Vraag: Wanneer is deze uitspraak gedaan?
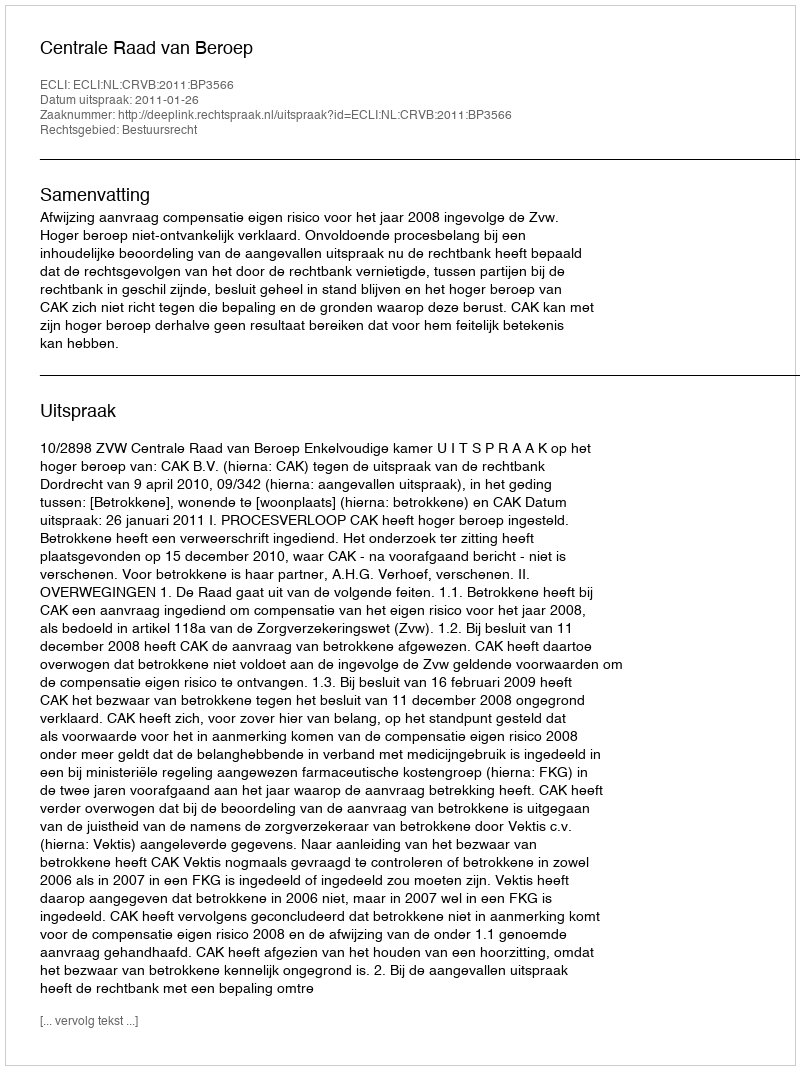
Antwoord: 2011-01-26